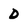
Character: D